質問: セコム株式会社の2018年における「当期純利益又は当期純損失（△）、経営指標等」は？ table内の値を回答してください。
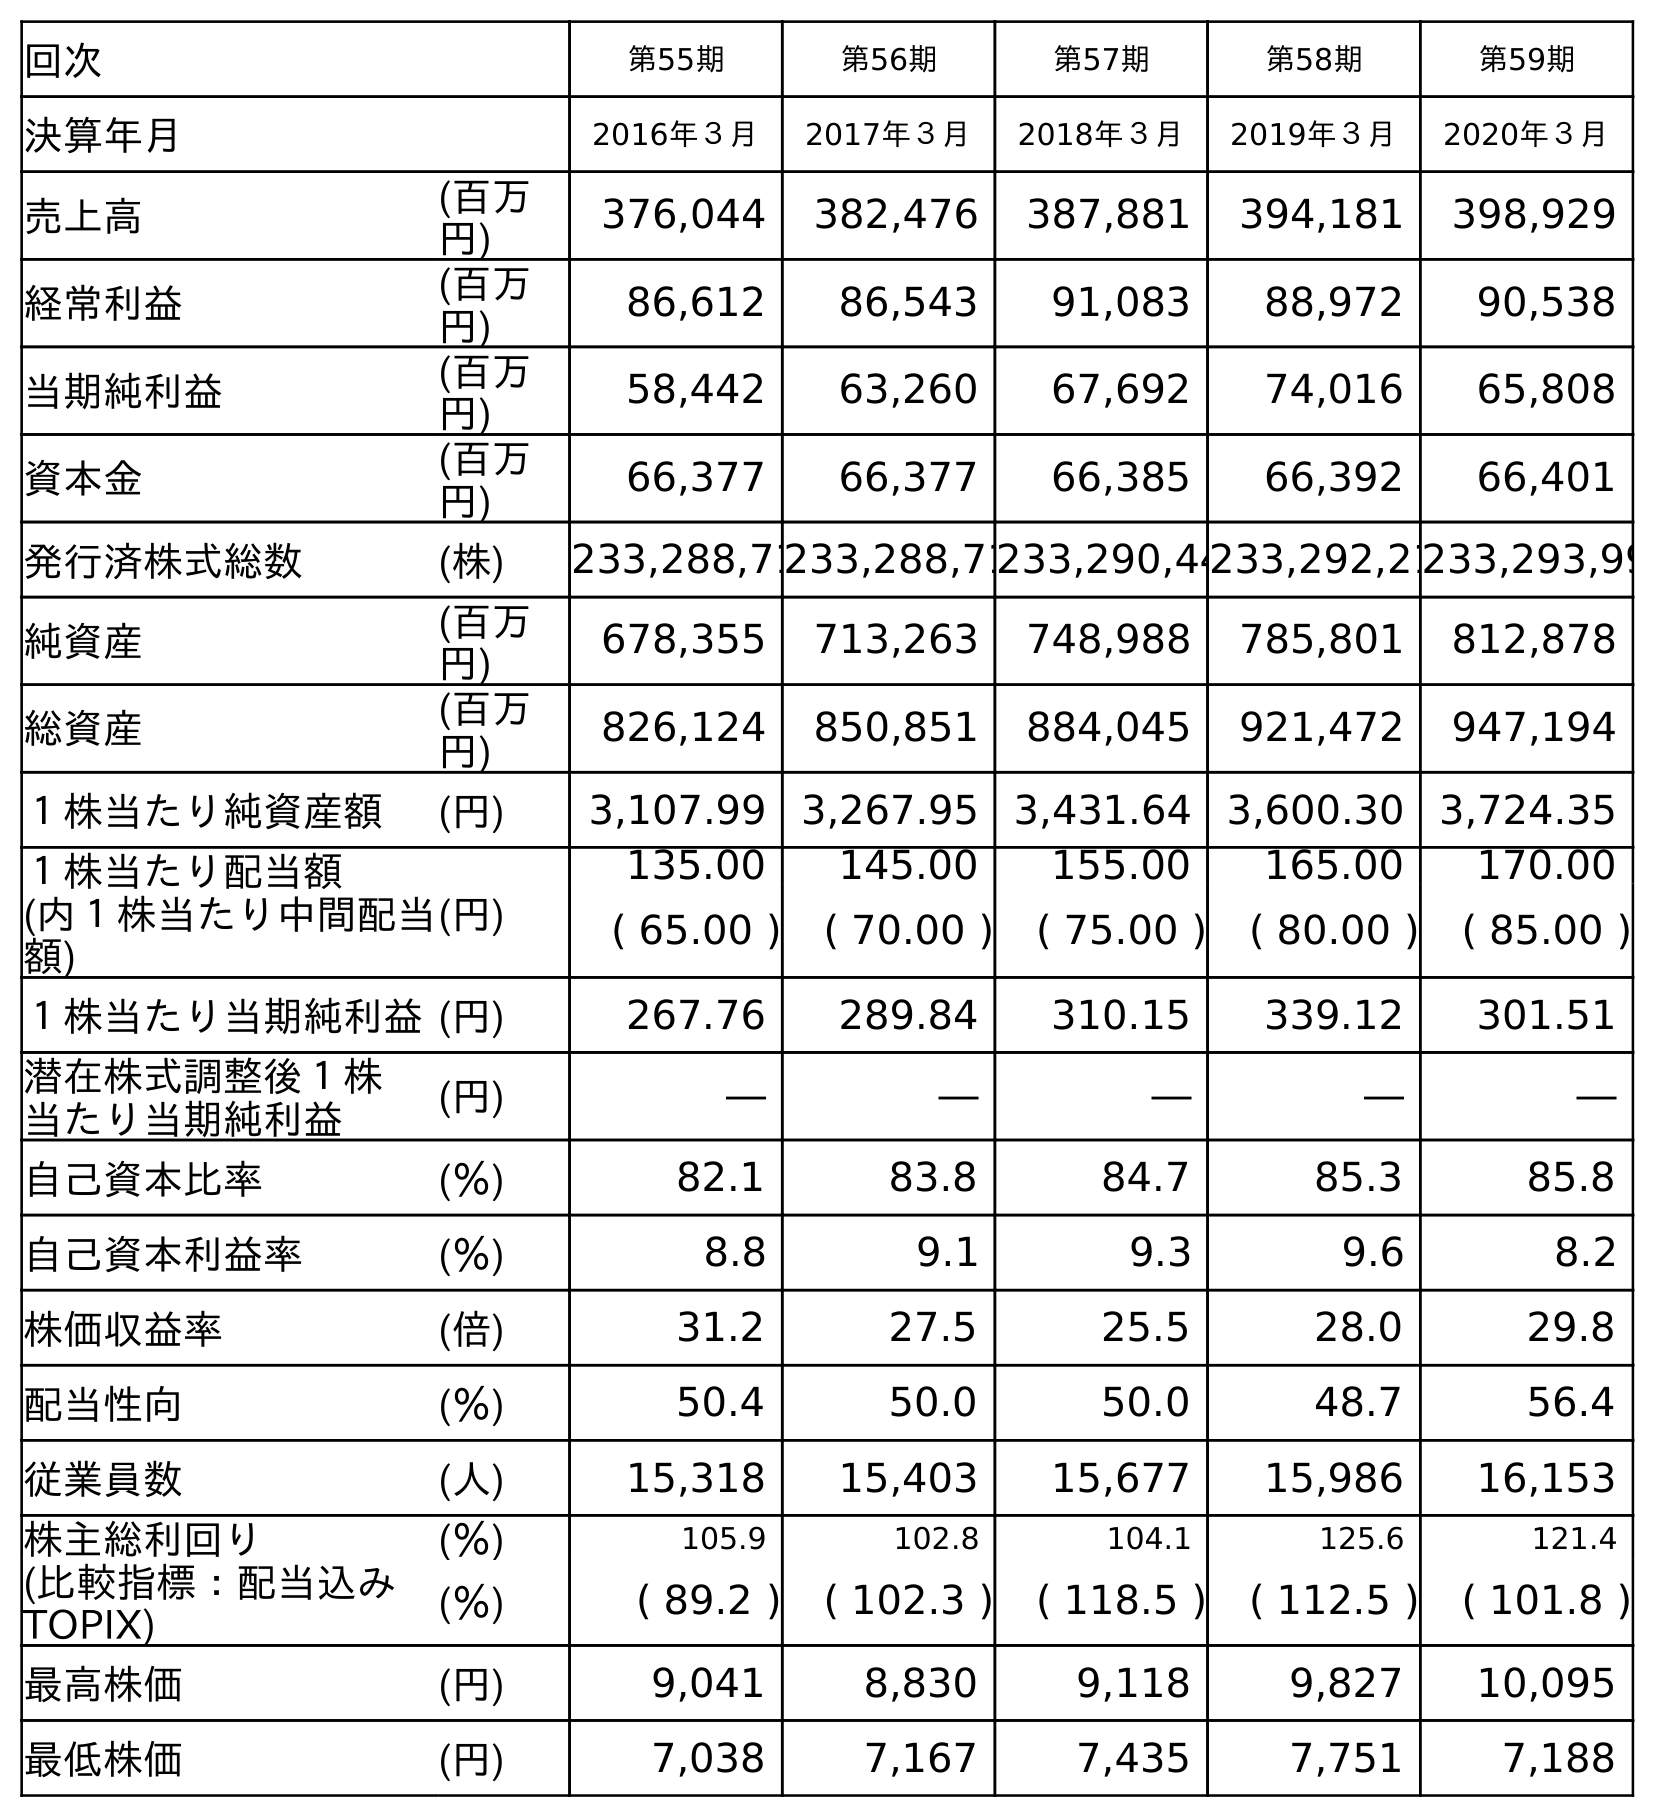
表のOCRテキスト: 回次 第55期 第56期 第57期 第58期 第59期 決算年月 2016年３月 2017年３月 2018年３月 2019年３月 2020年３月 売上高 (百万 円) 376,044 382,476 387,881 394,181 398,929 経常利益 (百万 円) 86,612 86,543 91,083 88,972 90,538 当期純利益 (百万 円) 58,442 63,260 67,692 74,016 65,808 資本金 (百万 円) 66,377 66,377 66,385 66,392 66,401 発行済株式総数 (株) 233,288,71233,288,71233,290,44233,292,21233,293,99 純資産 (百万 円) 678,355 713,263 748,988 785,801 812,878 総資産 (百万 円) 826,124 850,851 884,045 921,472 947,194 １株当たり純資産額 (円) 3,107.99 3,267.95 3,431.64 3,600.30 3,724.35 １株当たり配当額 (内１株当たり中間配当 額) (円) 135.00 145.00 155.00 165.00 170.00 ( 65.00 ) ( 70.00 ) ( 75.00 ) ( 80.00 ) ( 85.00 ) １株当たり当期純利益(円) 267.76 289.84 310.15 339.12 301.51 潜在株式調整後１株 当たり当期純利益 (円) ― ― ― ― ― 自己資本比率 (％) 82.1 83.8 84.7 85.3 85.8 自己資本利益率 (％) 8.8 9.1 9.3 9.6 8.2 株価収益率 (倍) 31.2 27.5 25.5 28.0 29.8 配当性向 (％) 50.4 50.0 50.0 48.7 56.4 従業員数 (人) 15,318 15,403 15,677 15,986 16,153 株主総利回り (％) 105.9 102.8 104.1 125.6 121.4 (比較指標：配当込み TOPIX) (％) ( 89.2 ) ( 102.3 ) ( 118.5 ) ( 112.5 ) ( 101.8 ) 最高株価 (円) 9,041 8,830 9,118 9,827 10,095 最低株価 (円) 7,038 7,167 7,435 7,751 7,188
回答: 67,692